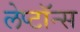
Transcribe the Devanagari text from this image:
लेप्टॉन्स